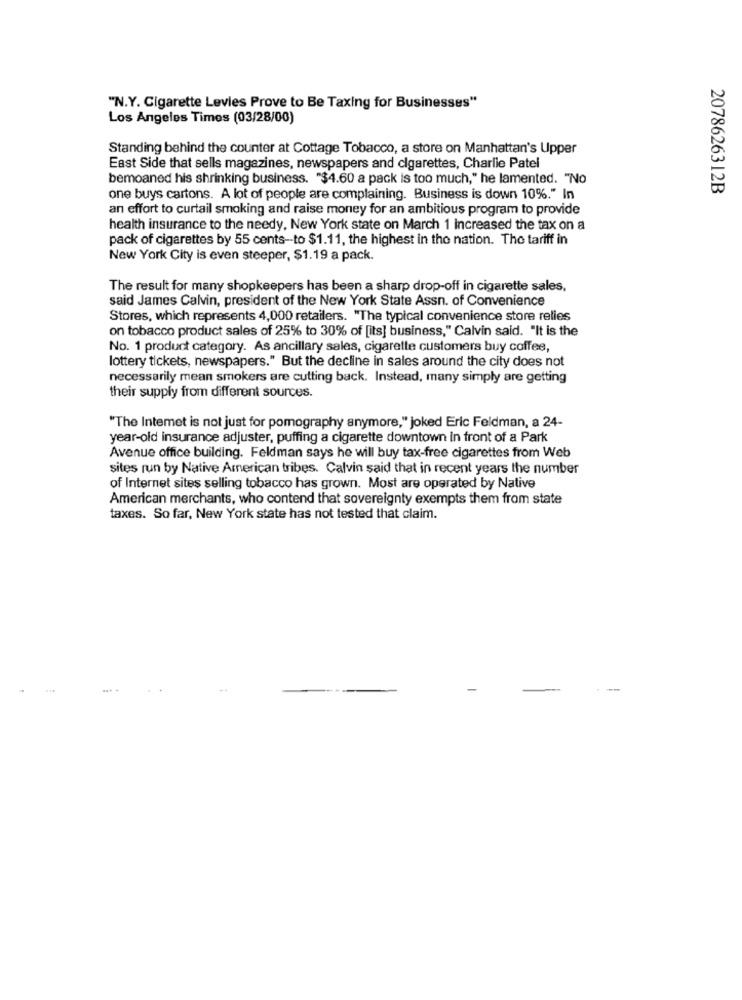
"N.Y. Cigarette Levies Prove to Be Taxing for Businesses"
Los Angeles Times (03/28/00)
Standing behind the counter at Cottage Tobacco, a store on Manhattan's Upper
East Side that sells magazines, newspapers and cigarettes, Charlie Patel
bemoaned his shrinking business. "$4.60 a pack is too much," he lamented. "No
2078626312B
one buys cartons. A lot of people are complaining. Business is down 10%." In
an effort to curtail smoking and raise money for an ambitious program to provide
health insurance to the needy, New York state on March 1 increased the tax on a
pack of cigarettes by 55 cents-to $1.11, the highest in the nation. The tariff in
New York City is even steeper, $1.19 a pack.
The result for many shopkeepers has been a sharp drop-off in cigarette sales.
said James Calvin, president of the New York State Assn. of Convenience
Stores, which represents 4,000 retailers. "The typical convenience store relies
on tobacco product sales of 25% to 30% of [its] business," Calvin said. "It is the
No. 1 product category. As ancillary sales, cigarette customers buy coffee,
lottery tickets, newspapers." But the decline in sales around the city does not
necessarily mean smokers are cutting back. Instead, many simply are getting
their supply from different sources.
"The Intemet is not just for pomography anymore," joked Eric Feldman, a 24-
year-old insurance adjuster, puffing a cigarette downtown in front of a Park
Avenue office building. Feldman says he will buy tax-free cigarettes from Web
sites run by Native American tribes. Calvin said that in recent years the number
of Internet sites selling tobacco has grown. Most are operated by Native
American merchants, who contend that sovereignty exempts them from state
taxes. So far, New York state has not tested that claim.